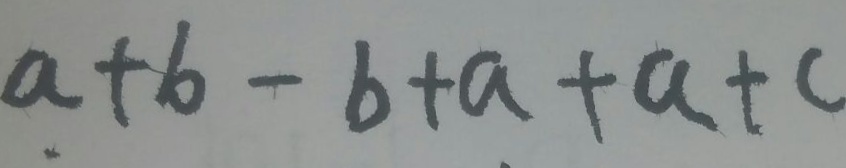
a + b - b + a + a + c